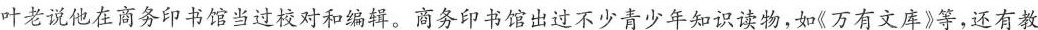
叶老说他在商务印书馆当过校对和编辑。商务印书馆出过不少青少年知识读物，如《万有文库》等，还有教